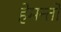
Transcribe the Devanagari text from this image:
हेमन्तो